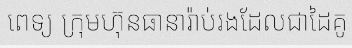
ពេទ្យ ក្រុមហ៊ុនធានារ៉ាប់រងដែលជាដៃគូ